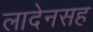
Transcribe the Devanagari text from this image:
लादेनसह